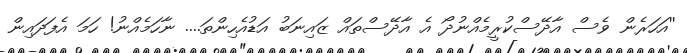
''އަހަރެން ވެސް އާދޭސްކުރީމެއްނުދޯ އެ އާދޭސްތައް ޒައިނަބު އަޑުއެހިންތަ.... ނާހަމެއްނު! ހަމަ އެފަދައިން